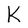
Character: K